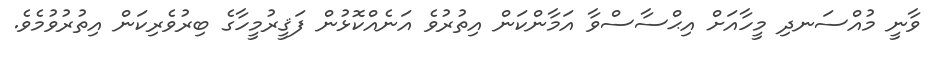
ވާނީ މުއްސަނދި މީހާއަށް އިޙްސާސްވާ އަމާންކަން އިތުރުވެ އަނެއްކޮޅުން ފަޤީރުމީހާގެ ބިރުވެރިކަން އިތުރުވުމެވެ.